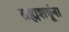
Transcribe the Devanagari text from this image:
ब्रह्मशत्रूंना